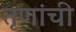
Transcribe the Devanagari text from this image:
तृणांची